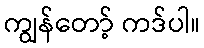
ကျွန်တော့် ကဒ်ပါ။